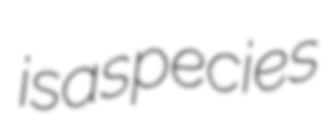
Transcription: is a species